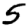
Digit: 5